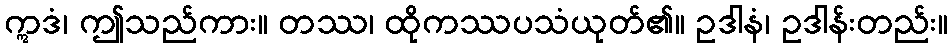
ဣဒံ၊ ဤသည်ကား။ တဿ၊ ထိုကဿပသံယုတ်၏။ ဥဒါနံ၊ ဥဒါန်းတည်း။